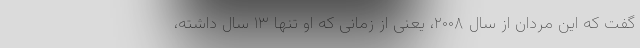
گفت که این مردان از سال ۲۰۰۸، یعنی از زمانی که او تنها ۱۳ سال داشته،